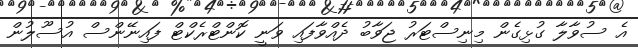
އެ ސުވާލާ ގުޅިގެން މިނިސްޓަރު ޖަވާބު ދެއްވާފައި ވަނީ ކޮންޓްރެކްޓް ފައިނޭންސް އުސޫލުން